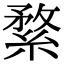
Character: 䋷